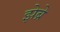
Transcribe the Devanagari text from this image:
झेब्रे